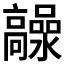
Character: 𲌙